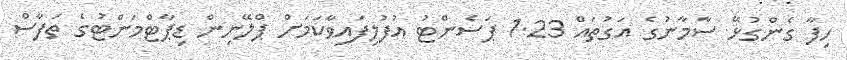
ހިފާ ގެންގުޅޭ ސާމާނުގެ އަގުތައް 1.23 ޕަސެންޓު އުފުލިފައިވާކަމަށް ޕްލޭނިން ޑިޕާޓްމަންޓުގެ ތަފާސް